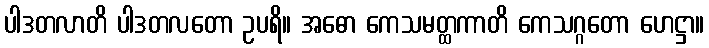
ပါဒတလာတိ ပါဒတလတော ဥပရိ။ အဓော ကေသမတ္ထကာတိ ကေသဂ္ဂတော ဟေဋ္ဌာ။